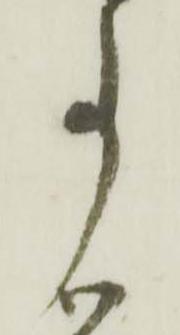
事